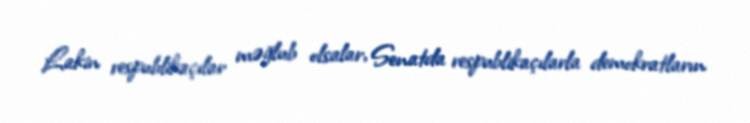
Lakin respublikaçılar məğlub olsalar, Senatda respublikaçılarla demokratların